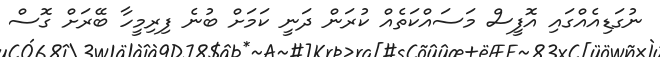
ނުގަޑިއެއްގައި އޮފީސް މަަސައްކަތެއް ކުރަން ދަނީ ކަމަށް ބުނެ ފިރިމީހާ ބޭރަށް ގޮސް